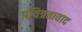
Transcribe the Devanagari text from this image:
पवित्रतावाद